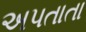
અપતાતા